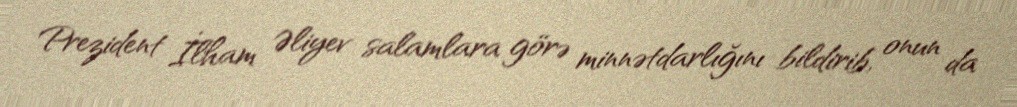
Prezident İlham Əliyev salamlara görə minnətdarlığını bildirib, onun da